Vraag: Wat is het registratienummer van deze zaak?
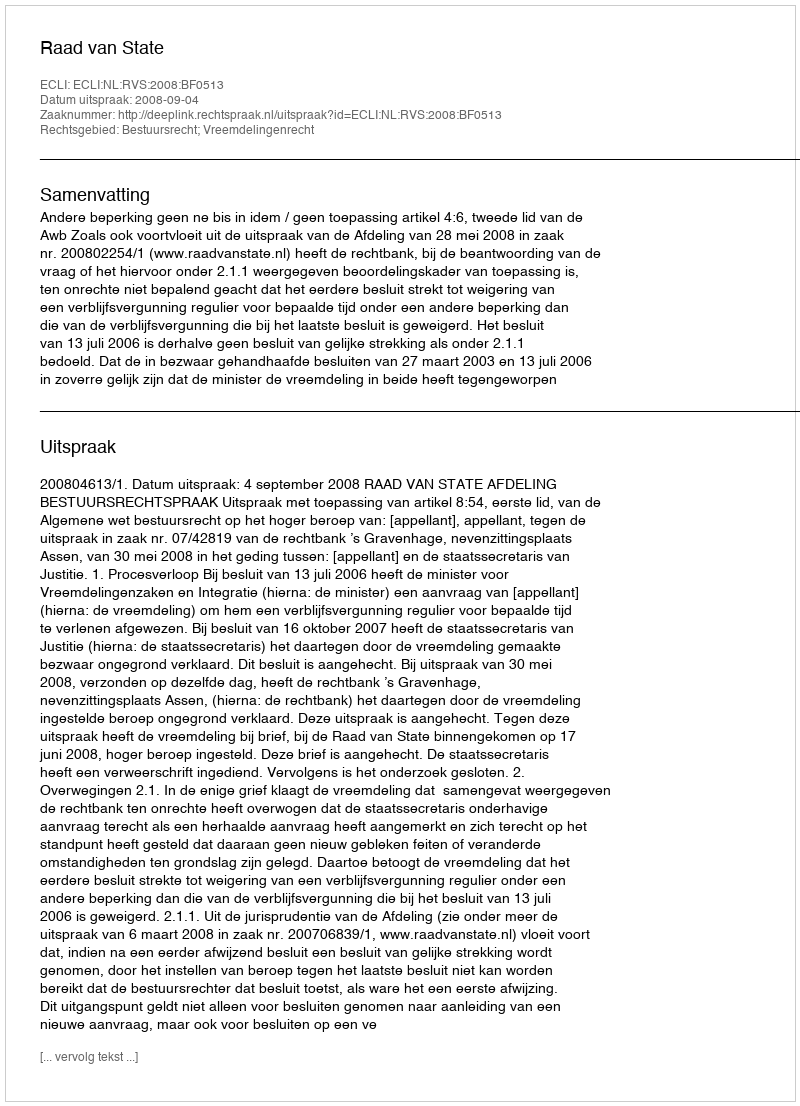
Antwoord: http://deeplink.rechtspraak.nl/uitspraak?id=ECLI:NL:RVS:2008:BF0513